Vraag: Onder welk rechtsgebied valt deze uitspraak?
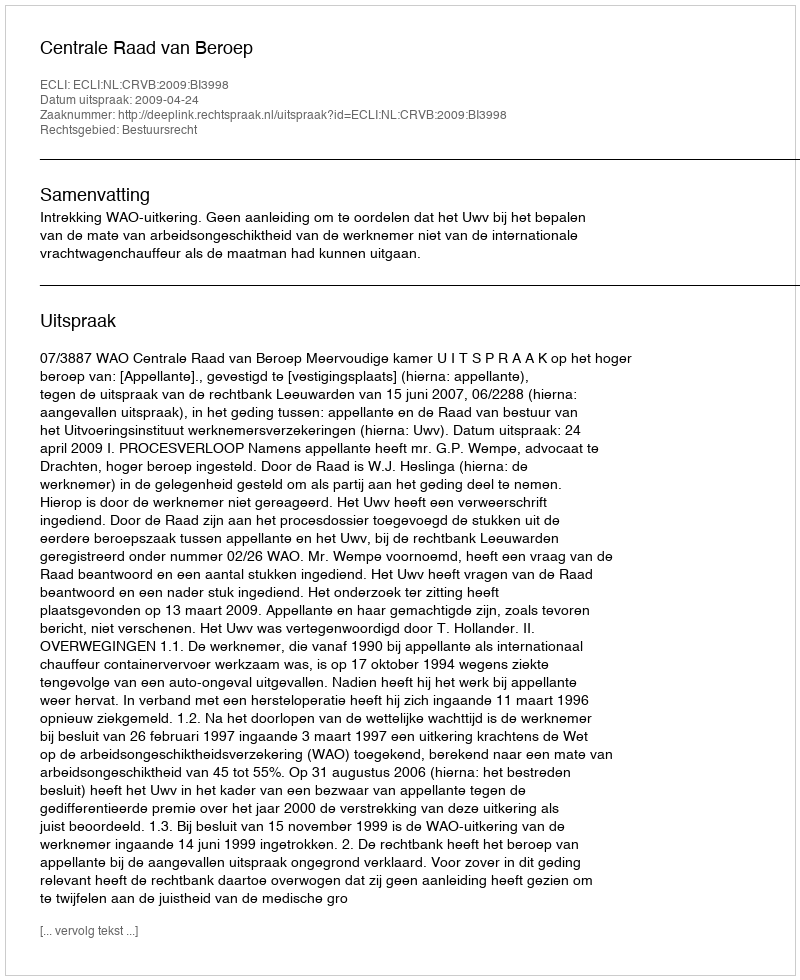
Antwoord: Bestuursrecht